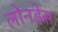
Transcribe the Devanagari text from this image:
लोनड्रेस